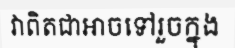
វាពិតជាអាចទៅរួចក្នុង